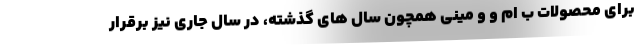
برای محصولات ب ام و و مینی همچون سال های گذشته، در سال جاری نیز برقرار